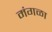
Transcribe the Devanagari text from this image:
मंगळा